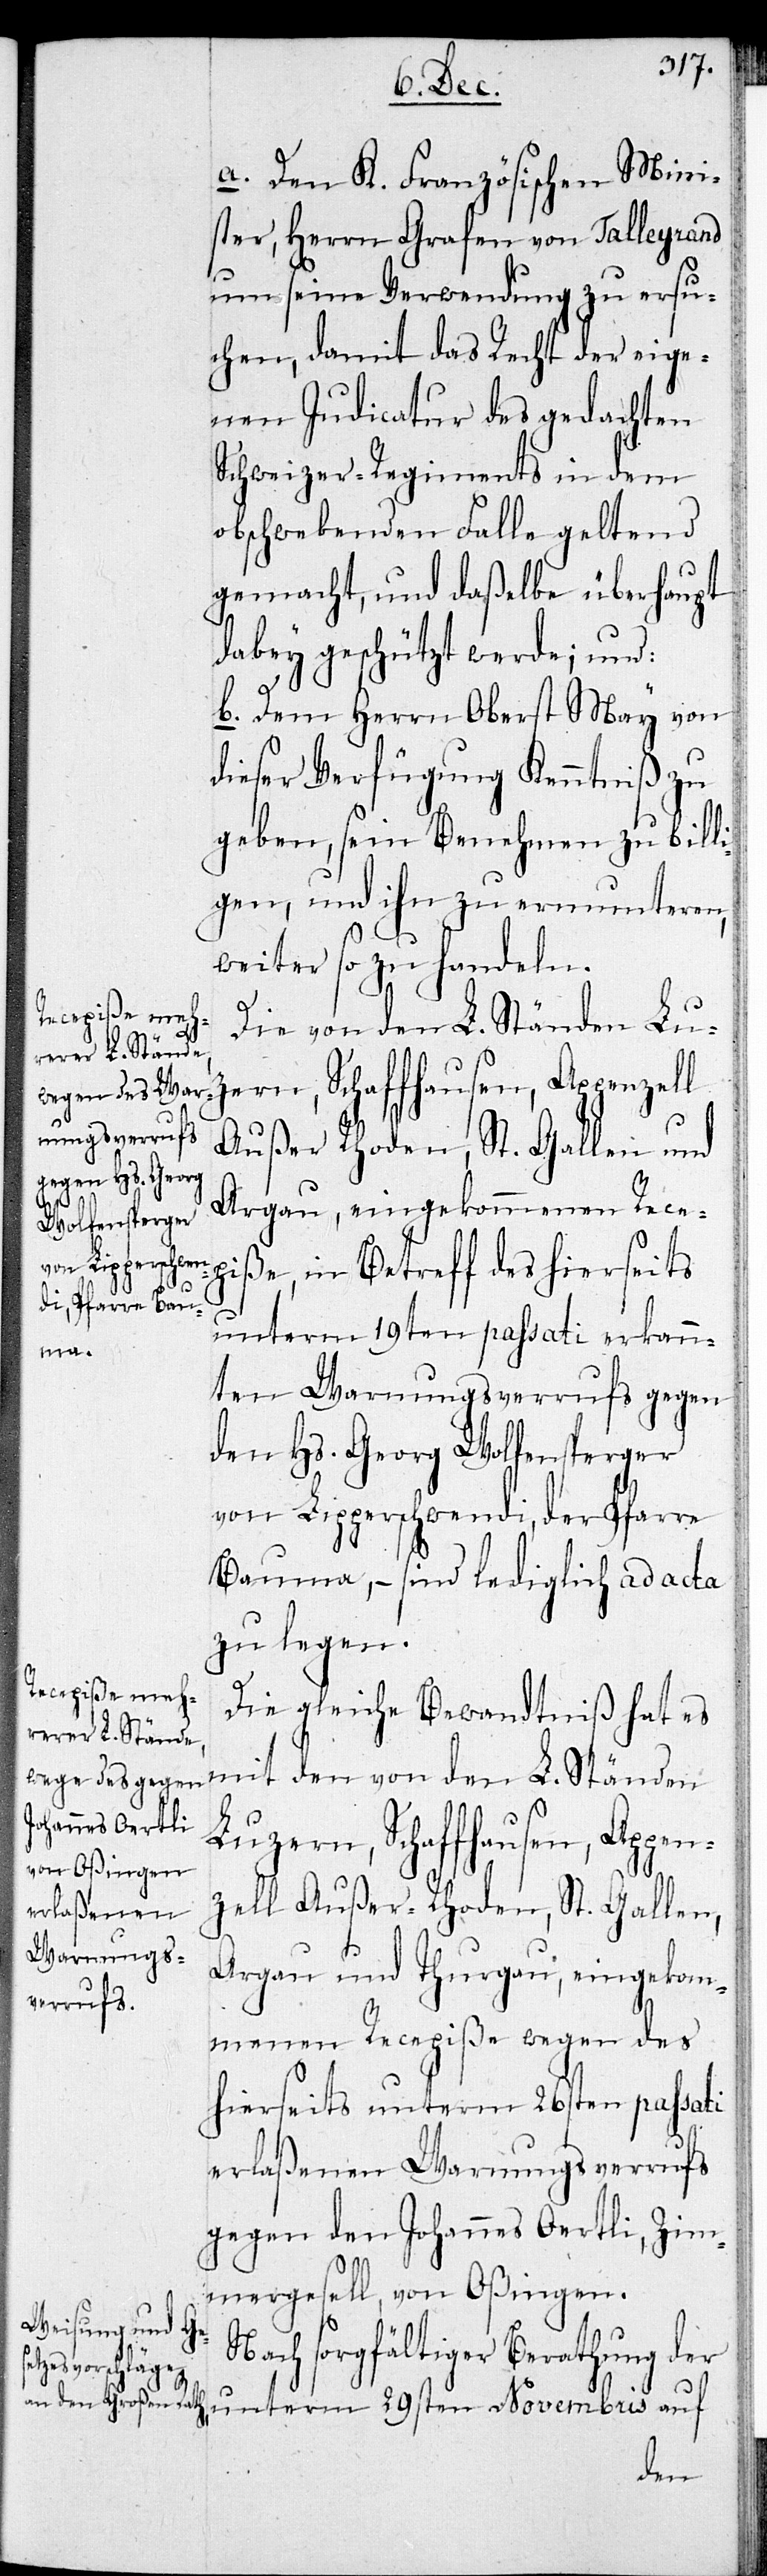
a. Den K. Französischen Mini¬
ster, Herrn Grafen von Talleyrand
um seine Verwendung zu ersu¬
chen, damit das Recht der eige¬
nen Judicatur des gedachten
Schweizer-Regiments in dem
obschwebenden Falle geltend
gemacht, und daßelbe überhaupt
dabey geschützt werde; und:
b. Dem Herrn Oberst May von
dieser Verfügung Kenntniß zu
geben, sein Benehmen zu billi¬
gen, und ihn zu ermunteren,
weiter zu handeln.
Die von den L. Ständen Luz¬
ern, Schaffhausen, Appenzell
Außer-Rhoden, St. Gallen und
Aargau, eingekommenen Rece¬
Novembris
piße, in Betreff des hierorts
unterm 19ten passati erkann¬
ten Warnungsverrufs gegen
den Hs. Georg Wolfensperger
von Lipperschwendi, der Pfarre
Bauma, – sind lediglich ad acta
zu legen.
Die gleiche Bewandtniß hat es
mit den von den L. Ständen
Luzern, Schaffhausen, Appen¬
zell Außer-Rhoden, St. Gallen,
Aargau und Thurgau, eingekom¬
menen Recepiße wegen des
hierseits unterm 26sten passati
erlaßenen Warnungsverrufs
gegen den Johannes Oertli, Zim¬
mergesell von Oßingen.
Nach sorgfältiger Berathung der